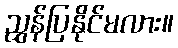
ညွှန်ပြနိုင်မလား။